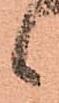
候